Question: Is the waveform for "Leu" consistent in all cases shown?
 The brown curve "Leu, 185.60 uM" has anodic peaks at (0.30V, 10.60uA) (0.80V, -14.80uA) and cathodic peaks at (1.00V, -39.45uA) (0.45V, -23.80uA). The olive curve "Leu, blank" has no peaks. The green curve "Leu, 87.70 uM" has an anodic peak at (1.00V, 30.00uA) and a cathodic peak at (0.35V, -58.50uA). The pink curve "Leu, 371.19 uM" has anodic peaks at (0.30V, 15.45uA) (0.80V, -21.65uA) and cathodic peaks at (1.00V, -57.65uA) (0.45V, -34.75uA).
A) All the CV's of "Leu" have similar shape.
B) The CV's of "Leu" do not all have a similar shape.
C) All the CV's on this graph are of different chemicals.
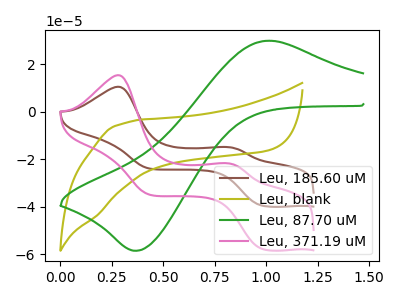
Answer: <think>"Leu, 185.60 uM" and "Leu, blank" have a different number of peaks. "Leu, 185.60 uM" and "Leu, 87.70 uM" have a different number of peaks. All the peaks in "Leu, 185.60 uM" have a peak in "Leu, 371.19 uM" at the same potential. "Leu, blank" and "Leu, 87.70 uM" have a different number of peaks. "Leu, blank" and "Leu, 371.19 uM" have a different number of peaks. "Leu, 87.70 uM" and "Leu, 371.19 uM" have a different number of peaks.
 </think>
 <answer>A) All the CV's of "Leu" have similar shape.</answer>
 <eval>A</eval>